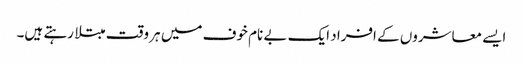
ایسے معاشروں کے افراد ایک بے نام خوف میں ہر وقت مبتلا رہتے ہیں۔